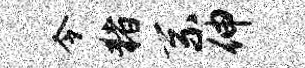
令猪系伸